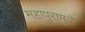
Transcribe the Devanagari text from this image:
महापुरामुळे